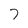
Character: 7